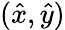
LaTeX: (\hat{x},\hat{y})